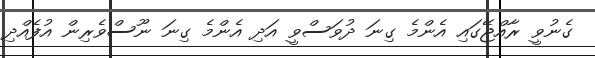
ގެނުވީ ރާއްޖޭގައި އެންމެ ގިނަ ދުވަސްވީ އަދި އެންމެ ގިނަ ނޫސްވެރިން އުފެއްދި